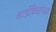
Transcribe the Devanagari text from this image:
शाईचित्रांच्या